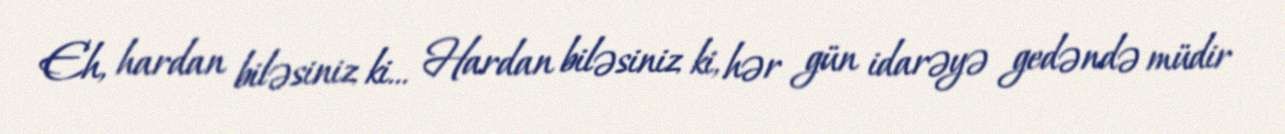
Eh, hardan biləsiniz ki... Hardan biləsiniz ki, hər gün idarəyə gedəndə müdir